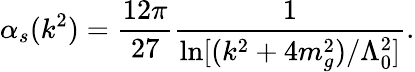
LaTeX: \alpha_{s}(k^{2})=\frac{12\pi}{27}\frac{1}{\ln[(k^{2}+4m_{g}^{2})/\Lambda_{0}^{2}]}.